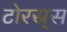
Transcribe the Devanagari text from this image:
टोरस्र्स